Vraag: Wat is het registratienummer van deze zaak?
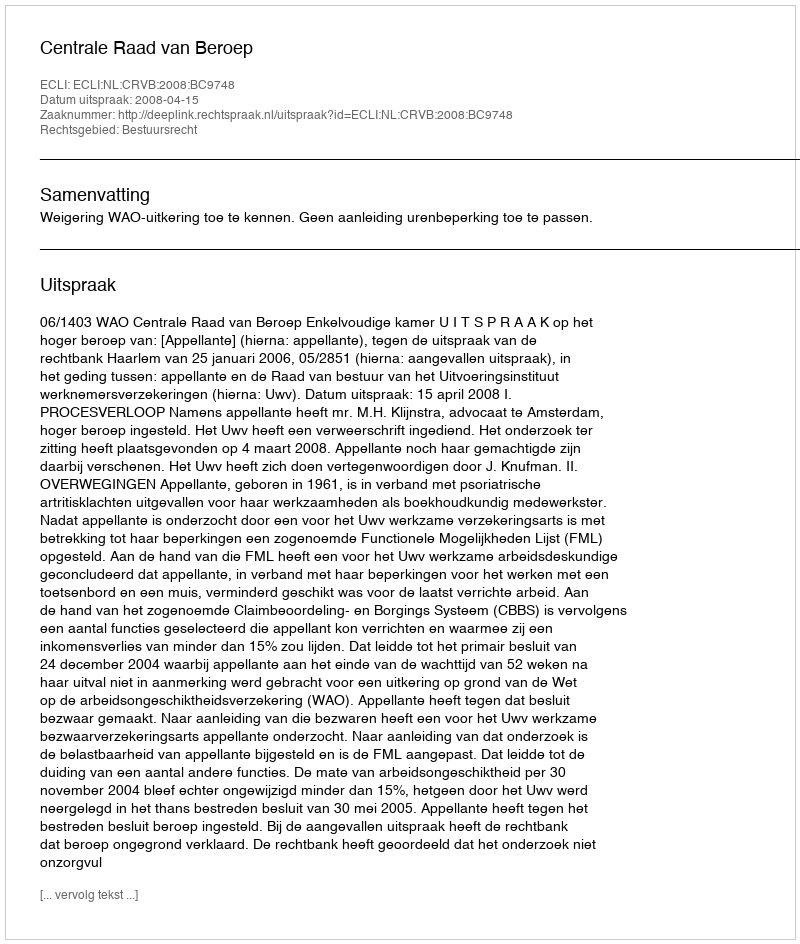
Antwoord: http://deeplink.rechtspraak.nl/uitspraak?id=ECLI:NL:CRVB:2008:BC9748